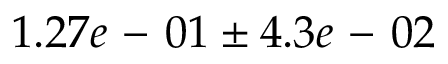
1 . 2 7 e \mathrm { ~ - ~ } 0 1 \pm 4 . 3 e \mathrm { ~ - ~ } 0 2